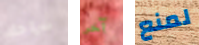
سراحك آخر لمنع